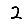
Digit: 2